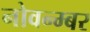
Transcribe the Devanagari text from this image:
नोवन्म्बर